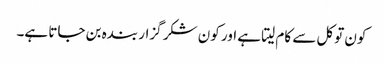
کون توکل سے کام لیتا ہے اور کون شکر گزار بندہ بن جاتا ہے۔